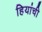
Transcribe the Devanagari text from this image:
हियांची